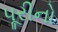
પૂરીનો